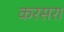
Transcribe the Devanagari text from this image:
करसरा